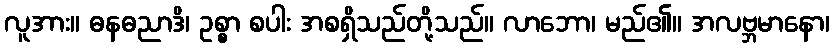
လူအား။ ဓနဓညာဒိ၊ ဥစ္စာ စပါး အစရှိသည်တို့သည်။ လာဘော၊ မည်၏။ အလဗ္ဘမာနော၊